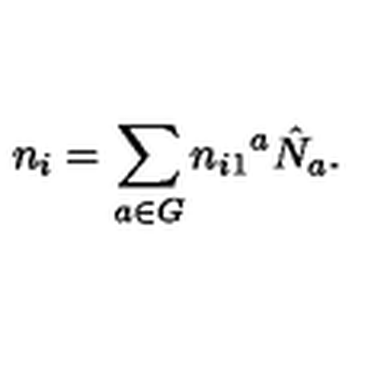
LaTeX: n _ { i } = \sum _ { a \in G } n _ { i 1 } { } ^ { a } \hat { N } _ { a } .